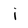
Character: i